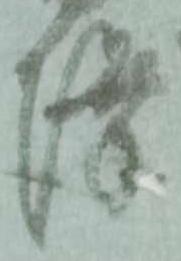
降